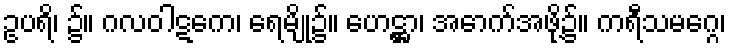
ဥပရိ၊ ၌။ ဂလဝါဋကေ၊ ရေမျို၌။ ဟေဋ္ဌာ၊ အောက်အဖို့၌။ ကရီသမဂ္ဂေ၊